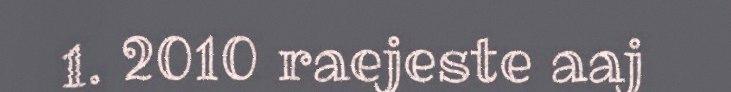
1. 2010 raejeste aaj